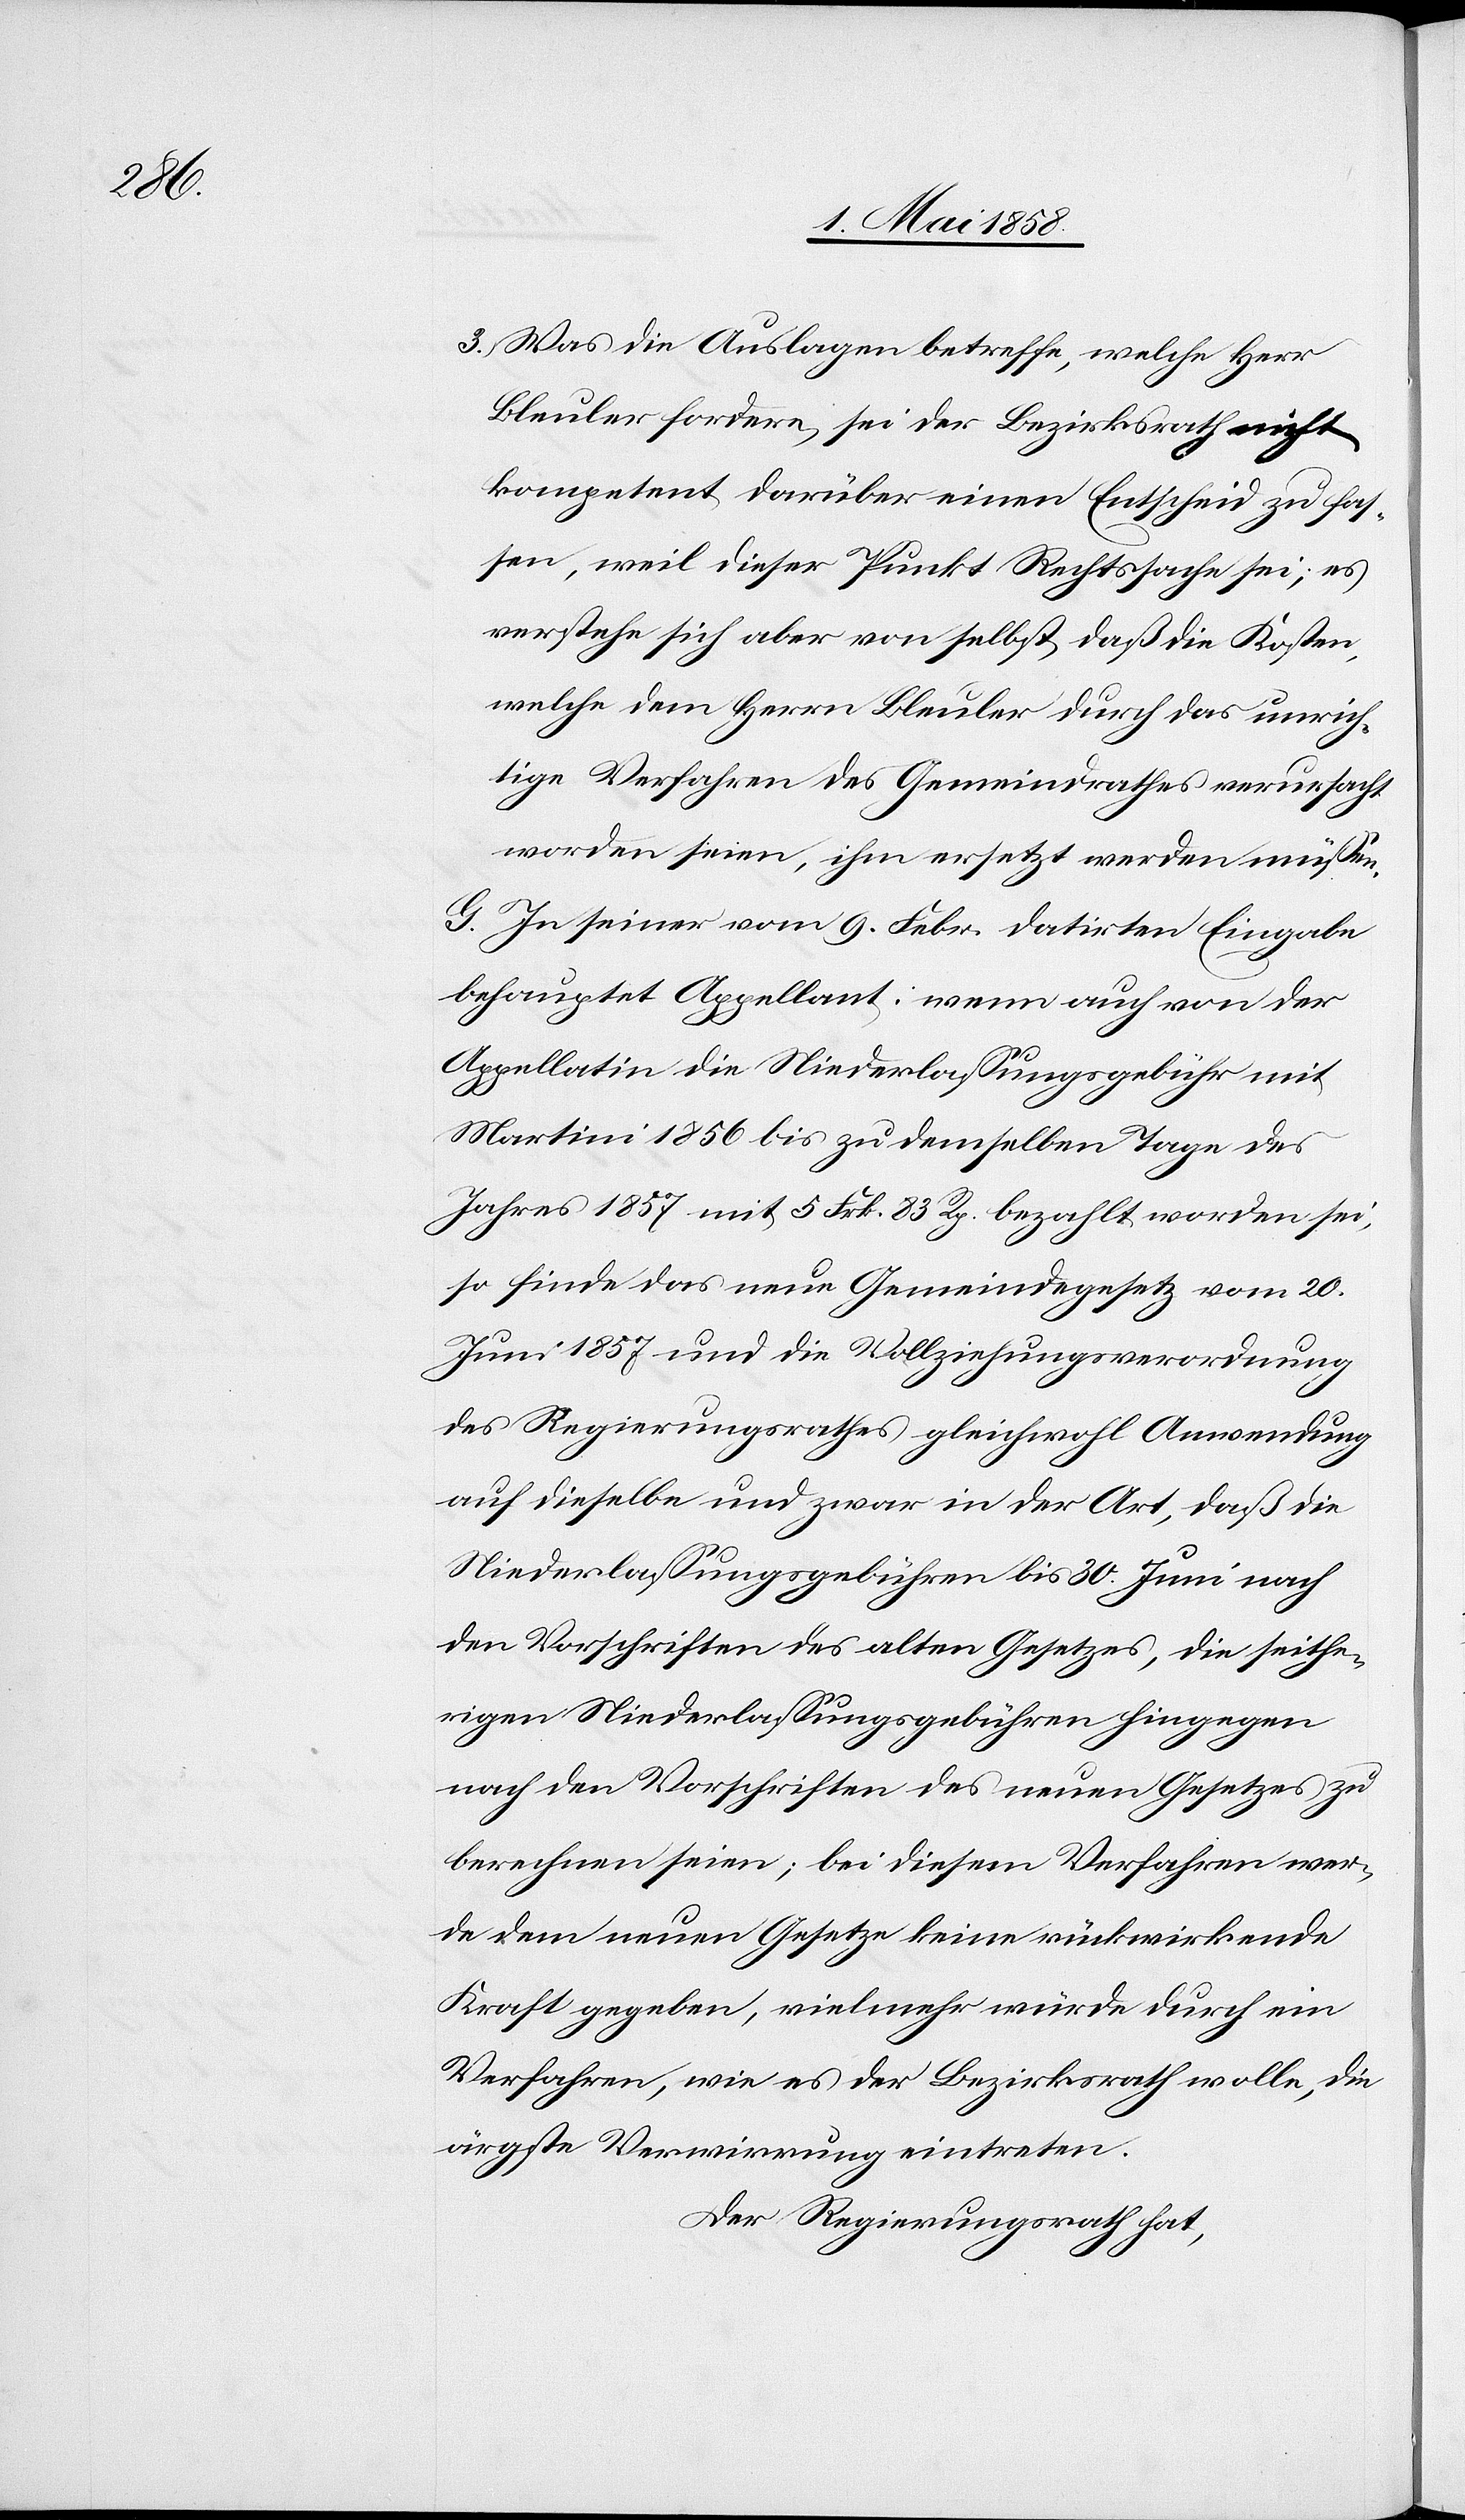
3) Was die Auslagen betreffe, welche Herr
Bleuler fordere, sei der Bezirksrath nicht
kompetent darüber einen Entscheid zu fas¬
sen, weil dieser Punkt Rechtssache sei; es
verstehe sich aber von selbst, daß die Kosten,
welche dem Herrn Bleuler durch das unrich¬
tige Verfahren des Gemeindrathes verursacht
worden seien, ihm ersetzt werden müssen.
G. In seiner vom 9. Febr. datirten Eingabe
behauptet Appellant: wenn auch von der
Appellatin die Niederlassungsgebühr mit
Martini 1856 bis zu demselben Tage des
Jahres 1857 mit 5 Frk. 83 Rp. bezahlt worden sei,
so finde das neue Gemeindegesetz vom 20.
Juni 1857 und die Vollziehungsverordnung
des Regierungsrathes gleichwohl Anwendung
auf dieselbe und zwar in der Art, daß die
Niederlassungsgebühren bis 30. Juni nach
den Vorschriften des alten Gesetzes, die seithe¬
rigen Niederlassungsgebühren hingegen
nach den Vorschriften des neuen Gesetzes zu
berechnen seien; bei diesem Verfahren wer¬
de dem neuen Gesetze keine rückwirkende
Kraft gegeben, vielmehr würde durch ein
Verfahren, wie es der Bezirksrath wolle, die
ärgste Verwirrung eintreten.
Der Regierungsrath hat,